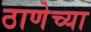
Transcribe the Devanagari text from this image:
ठाणेच्‍या